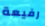
رفيعة